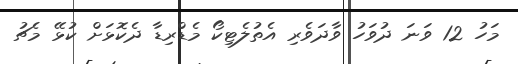
މަހު 12 ވަނަ ދުވަހު ވާދަވެރި އެތުލެޓިކޯ މެޑްރިޑާ ދެކޮޅަށް ކުޅޭ މެޗު